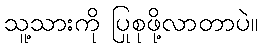
သူ့သားကို ပြုစုဖို့လာတာပဲ။